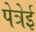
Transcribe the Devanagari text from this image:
पेत्रेई